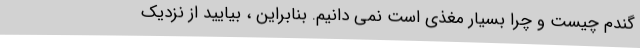
گندم چیست و چرا بسیار مغذی است نمی دانیم. بنابراین ، بیایید از نزدیک